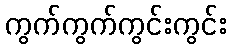
ကွက်ကွက်ကွင်းကွင်း